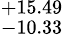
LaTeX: ^{+15.49}_{-10.33}